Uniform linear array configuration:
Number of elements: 64
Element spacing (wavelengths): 0.5
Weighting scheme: hann
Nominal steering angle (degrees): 60
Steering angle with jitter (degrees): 58.558
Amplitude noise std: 0.05
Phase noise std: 0.05

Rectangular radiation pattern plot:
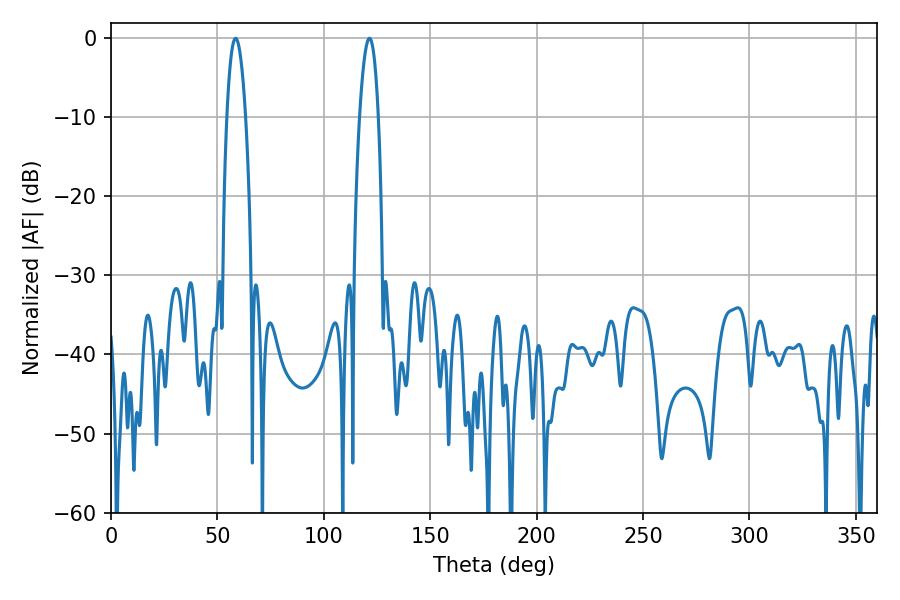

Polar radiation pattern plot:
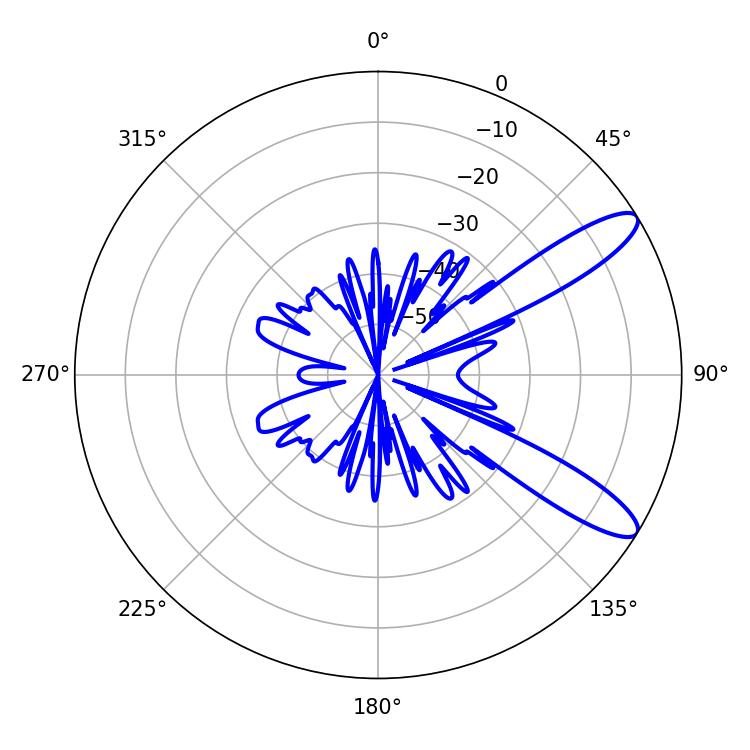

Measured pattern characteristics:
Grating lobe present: FALSE
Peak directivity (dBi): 11.054
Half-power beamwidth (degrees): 4.86
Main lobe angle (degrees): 121.5